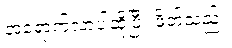
အရောက်လာပါဆိုပြီး ဖိတ်သည်။